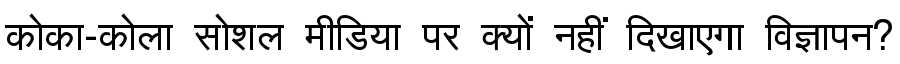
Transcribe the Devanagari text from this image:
कोका-कोला सोशल मीडिया पर क्यों नहीं दिखाएगा विज्ञापन?